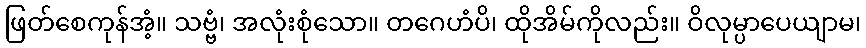
ဖြတ်စေကုန်အံ့။ သဗ္ဗံ၊ အလုံးစုံသော။ တဂေဟံပိ၊ ထိုအိမ်ကိုလည်း။ ဝိလုမ္ပာပေယျာမ၊